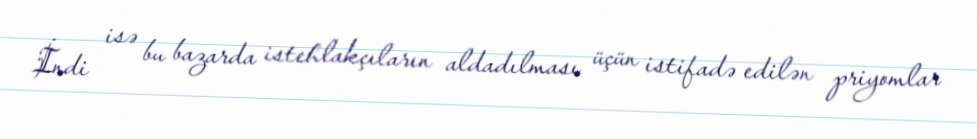
İndi isə bu bazarda istehlakçıların aldadılması üçün istifadə edilən priyomlar